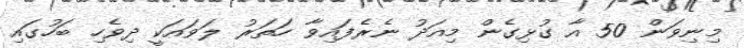
މިނިވަން 50 އާ ގުޅިގެން މިއަދު ނެރެފައިވާ ހަތަރު ލަވައަކީ ދިވެހި ބަހުގައި